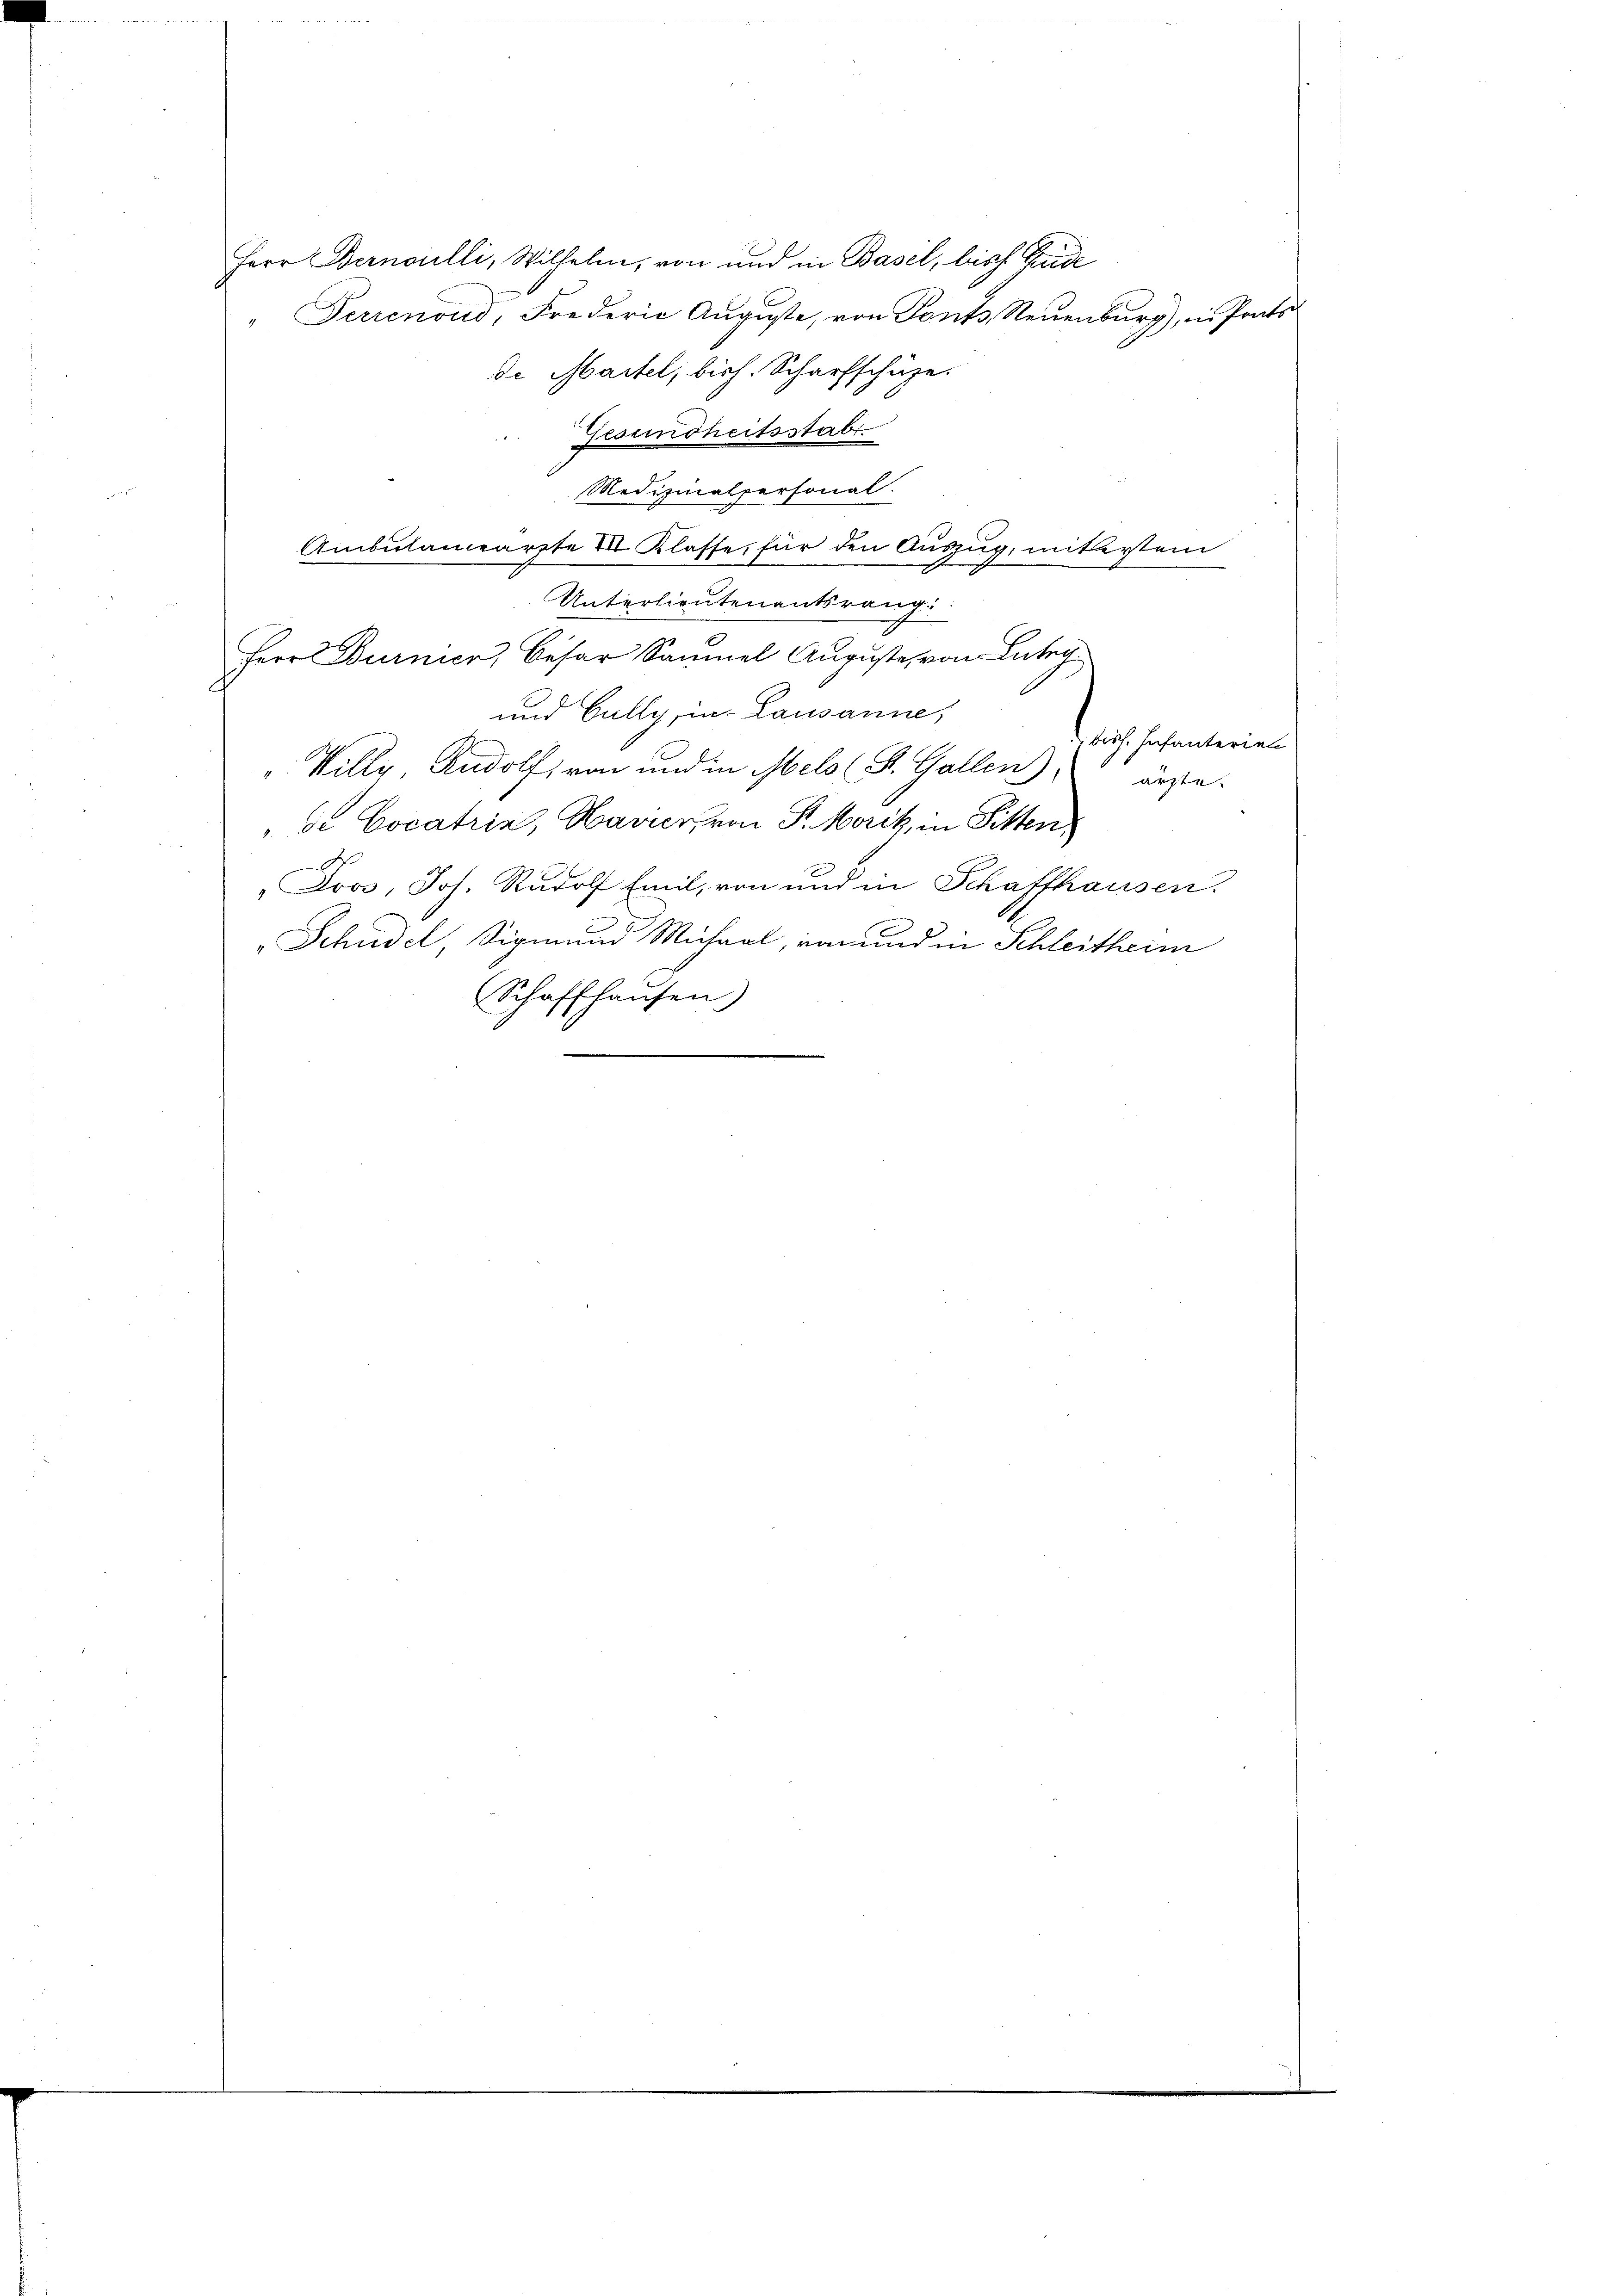
Herr Bernoulli, Wilhelm, von und in Basel, bish Gade
" Perrenoud, Frederia Auguste, von Ponts, Neuenburg), in Prats-
de Martel, bish. Scharfschüze.
Gesundheitsstabe
Medizinalpersonal.
Ambulamearzte VII Klasse, für den Auszug, mit ersten
Unterlieutenantsrang
Herr Burnier, Besar Saumel Aŭgŭste von Labeg
und Gully, in Lausanne,
bisch. Infanteriel
 Ville Rudolf, von und in Melo (S. Gallen ärzte.
de Cocatria, Havier, von P. Moritz, in Sitten,
Joos, Joh. Rudolf Emil, von und in Schaffhausen.
Schüdel, Sigmund Michaal, von und in Schleitheri
Schaffhausen)
¬
e